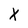
Character: X